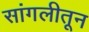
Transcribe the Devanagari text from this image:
सांगलीतून